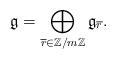
LaTeX: \begin{align*}\mathfrak{g}=\bigoplus_{\overline{r}\in\mathbb{Z}/m\mathbb{Z}}\mathfrak{g}_{\overline{r}}.\end{align*}